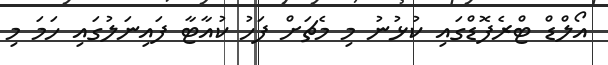
އޯލްޑް ޓްރެފޮޑްގައި ކުޅުނު މި މެޗަށް ފަހު ކުއާޓާ ފައިނަލުގައި ހަމަ މި